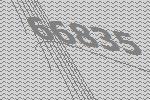
66835